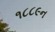
૧૮૮૯ન